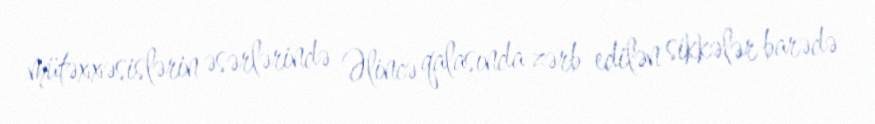
mütəxxəsislərin əsərlərində Əlincə qalasında zərb edilən sikkələr barədə